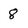
Character: 8